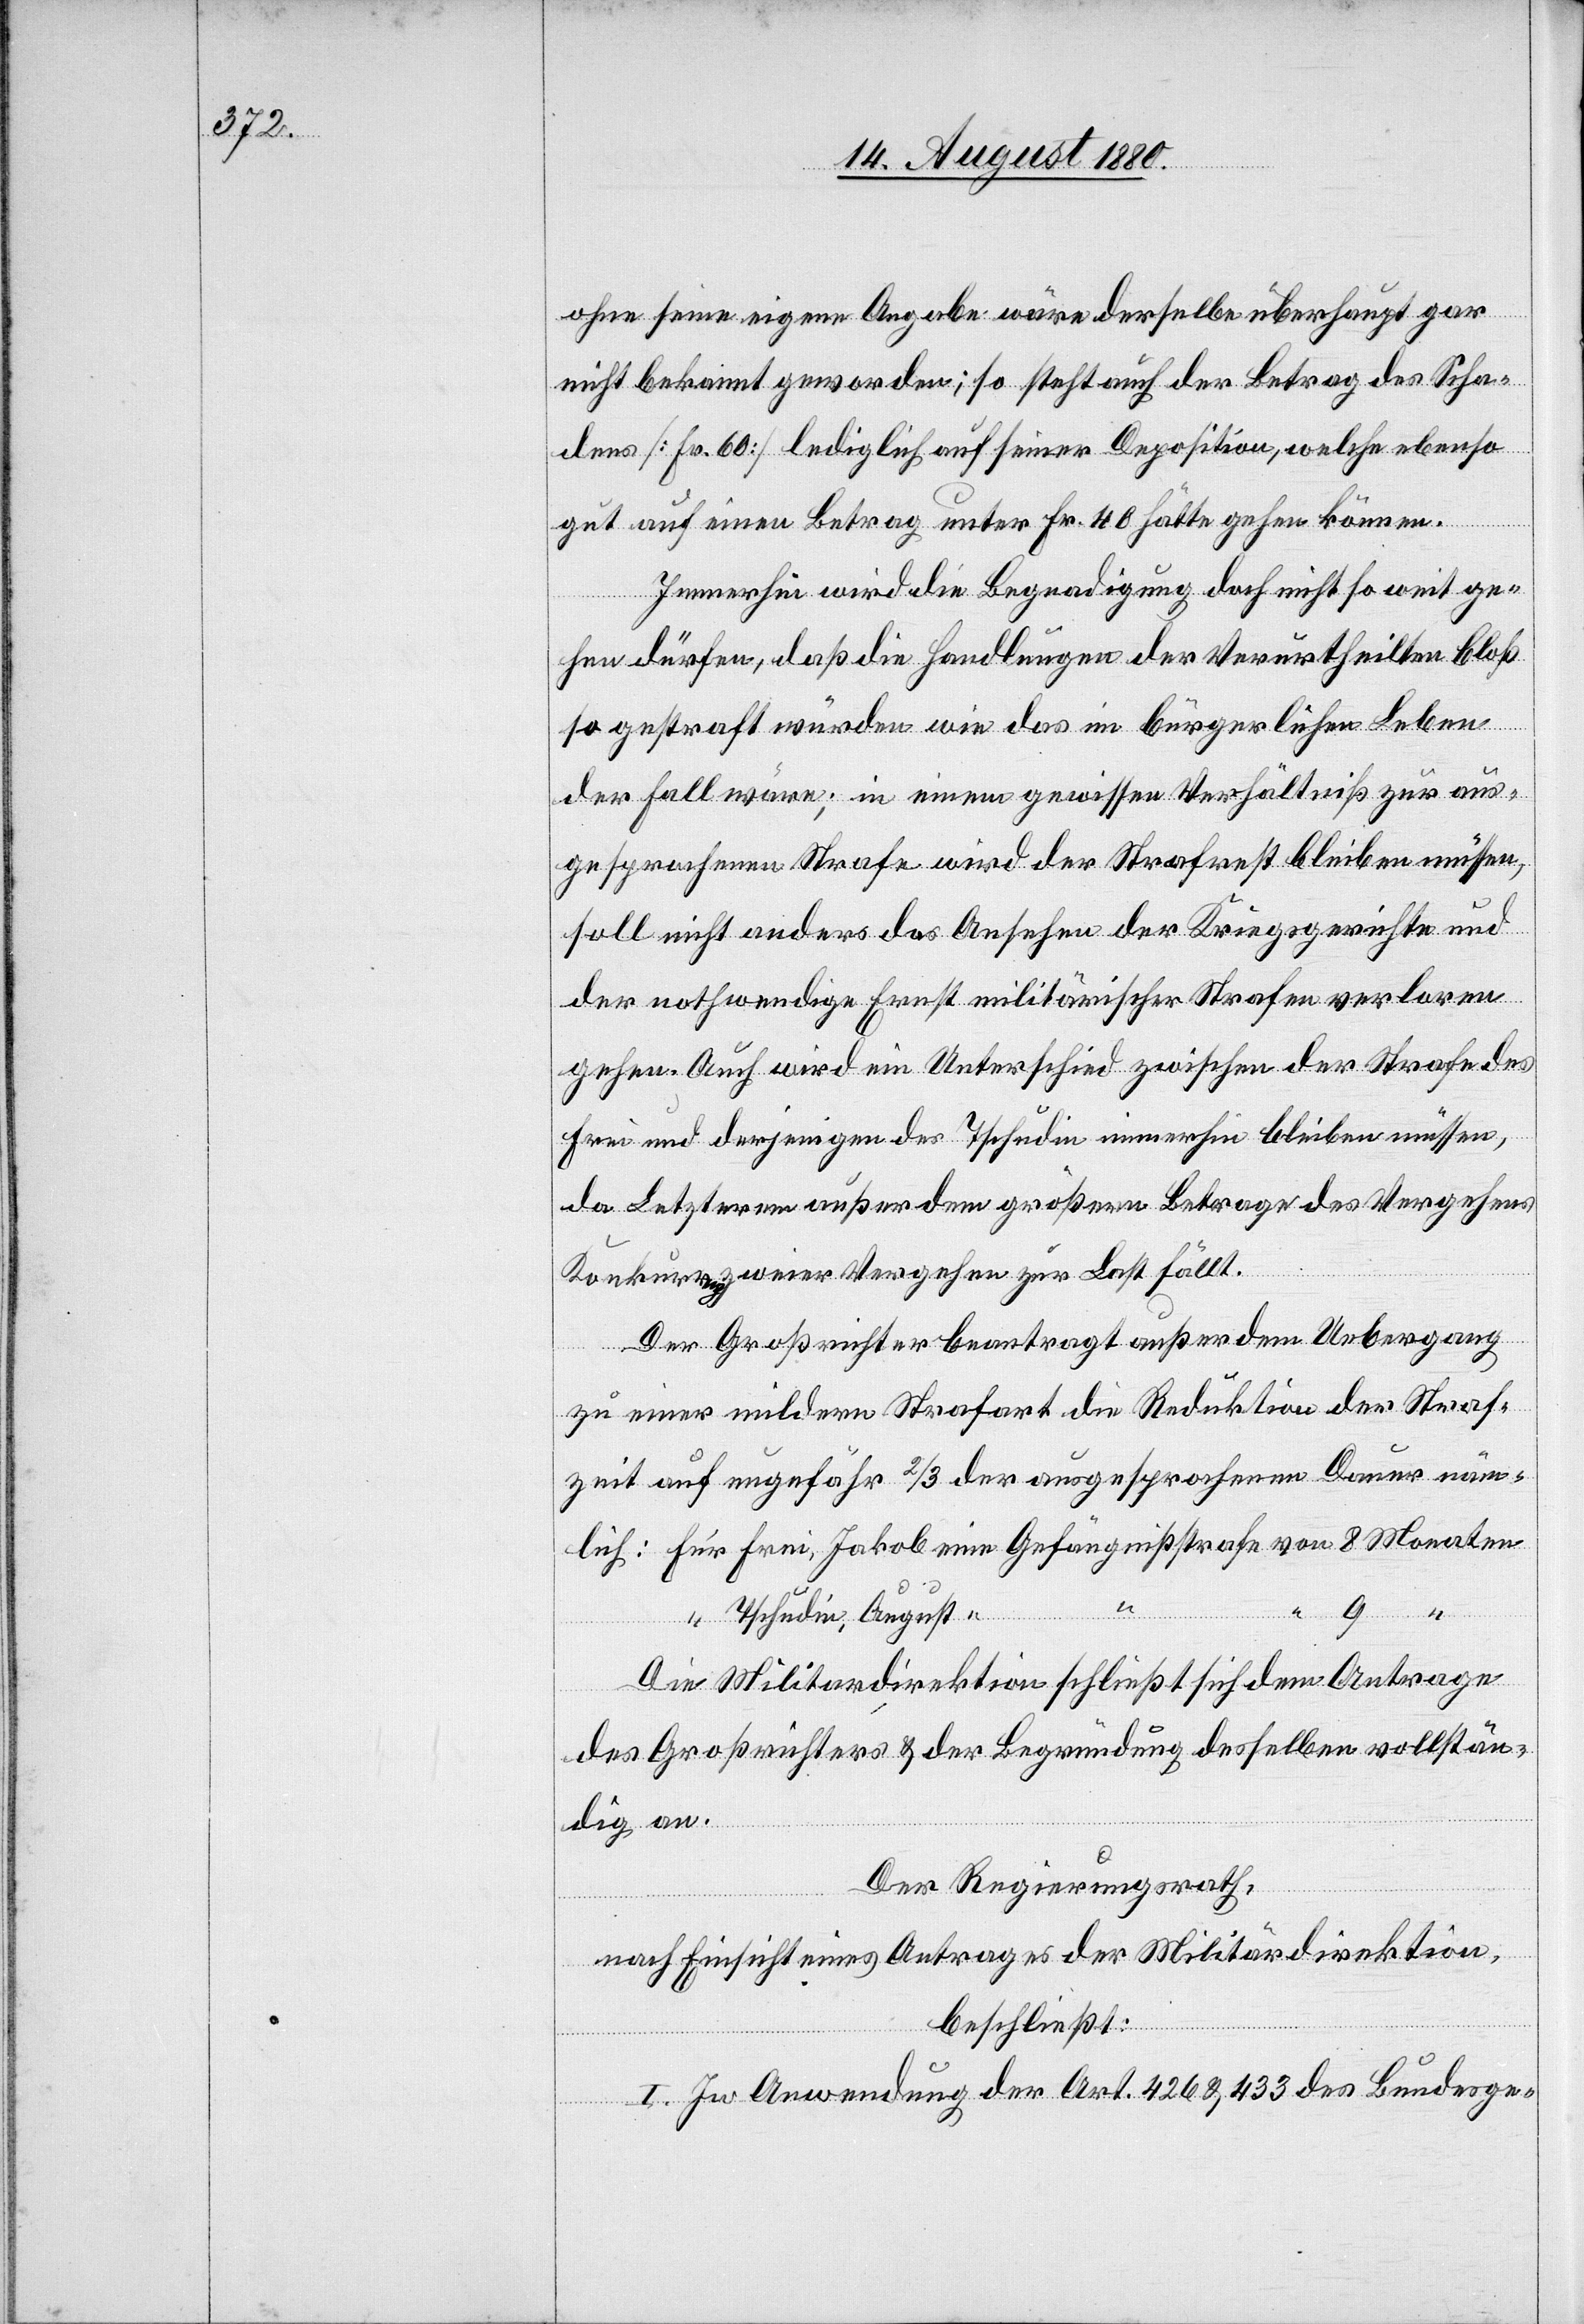
ohne seine eigene Angabe wäre derselbe überhaupt gar
nicht bekannt geworden; so steht auch der Betrag des Scha¬
dens [Fr. 60] lediglich auf seiner Deposition, welche ebenso
gut auf einen Betrag unter Fr. 40 hätte gehen können.
Immerhin wird die Begnadigung doch nicht so weit ge¬
hen dürfen, daß die Handlungen der Verurtheilten bloß
so gestraft würden wie das im bürgerlichen Leben
der Fall wäre; in einem gewissen Verhältniß zur aus¬
gesprochenen Strafe wird der Strafrest bleiben müssen,
soll nicht anders das Ansehen der Kriegsgerichte und
der nothwendige Ernst militärischer Strafen verloren
gehen. Auch wird ein Unterschied zwischen der Strafe des
Frei und derjenigen des Tschudi immerhin bleiben müssen,
da Letzterem außer dem größeren Betrag des Vergehens
Konkurrenz zweier Vergehen zur Last fällt.
Der Großrichter beantragt außerdem Uebergang
zu einer mildern Strafart die Reduktion der Straf¬
zeit auf ungefähr 2/3 der ausgesprochenen Dauer näm¬
von
Tschudi, August
Die Militärdirektion schließt sich dem Antrage
des Großrichters & der Begründung desselben vollstän¬
dig an.
Der Regierungsrath,
nach Einsicht eines Antrages der Militärdirektion,
beschließt:
I. In Anwendung der Art. 426 & 433 des Bundesge-